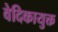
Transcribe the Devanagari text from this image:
वेदिकायुक्त